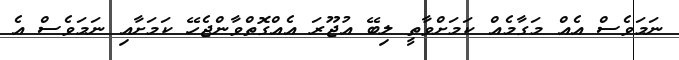
ނަމަވެސް އެއް މަގާމެއް ކަމަށްވާތީ ލިބޭ އުޖޫރަ އެއްގޮތްވާންޖެހޭ ކަމަށާއި ނަމަވެސް އެ